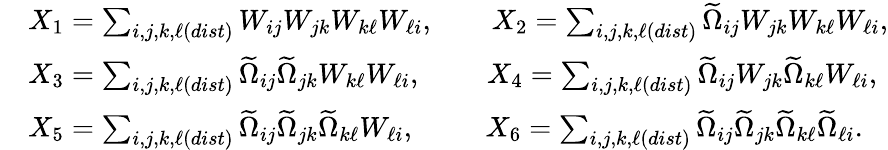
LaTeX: \begin{array}{rl}&{X_{1}=\sum_{i,j,k,\ell(dist)}W_{ij}W_{jk}W_{k\ell}W_{\ell i},\qquad X_{2}=\sum_{i,j,k,\ell(dist)}\widetilde{\Omega}_{ij}W_{jk}W_{k\ell}W_{\ell i},}\\ &{X_{3}=\sum_{i,j,k,\ell(dist)}\widetilde{\Omega}_{ij}\widetilde{\Omega}_{jk}W_{k\ell}W_{\ell i},\qquad\; X_{4}=\sum_{i,j,k,\ell(dist)}\widetilde{\Omega}_{ij}W_{jk}\widetilde{\Omega}_{k\ell}W_{\ell i},}\\ &{X_{5}=\sum_{i,j,k,\ell(dist)}\widetilde{\Omega}_{ij}\widetilde{\Omega}_{jk}\widetilde{\Omega}_{k\ell}W_{\ell i},\qquad\; \, X_{6}=\sum_{i,j,k,\ell(dist)}\widetilde{\Omega}_{ij}\widetilde{\Omega}_{jk}\widetilde{\Omega}_{k\ell}\widetilde{\Omega}_{\ell i}.}\end{array}